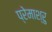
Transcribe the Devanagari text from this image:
प्रेमाश्रु